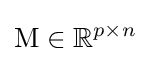
\mathrm {M} \in \mathbb {R} ^{p\times n}